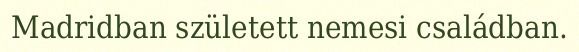
Madridban született nemesi családban.